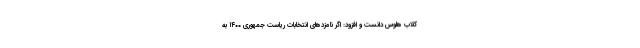
کلاب هاوس دانست و افزود: اگر نامزدهای انتخابات ریاست جمهوری ۱۴۰۰ به